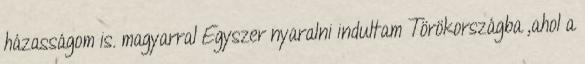
házasságom is. magyarral Egyszer nyaralni indultam Törökországba ,ahol a